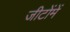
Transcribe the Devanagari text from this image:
जीटोंमें